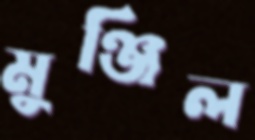
মুঞ্জিল